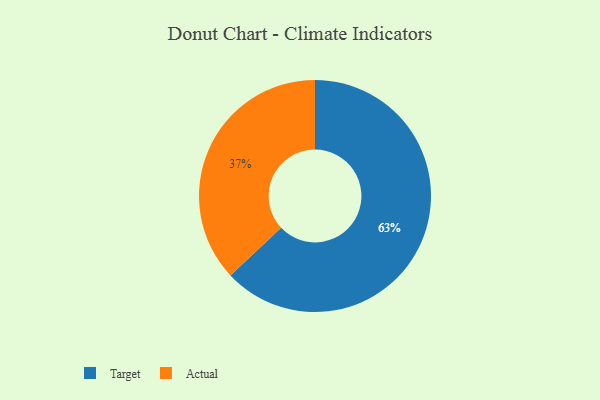
{"axis": {"x": "Category", "y": "Percentage"}, "legend": ["Actual", "Target"], "data": [{"x": "Target", "y": 63, "type": "Target"}, {"x": "Actual", "y": 37, "type": "Actual"}]}